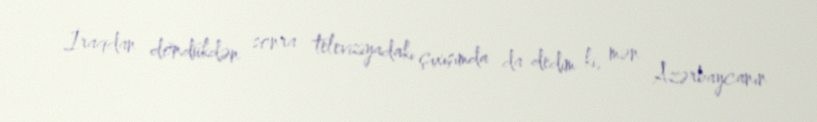
İraqdan döndükdən sonra televiziyadakı çıxışımda da dedim ki, mən Azərbaycanın